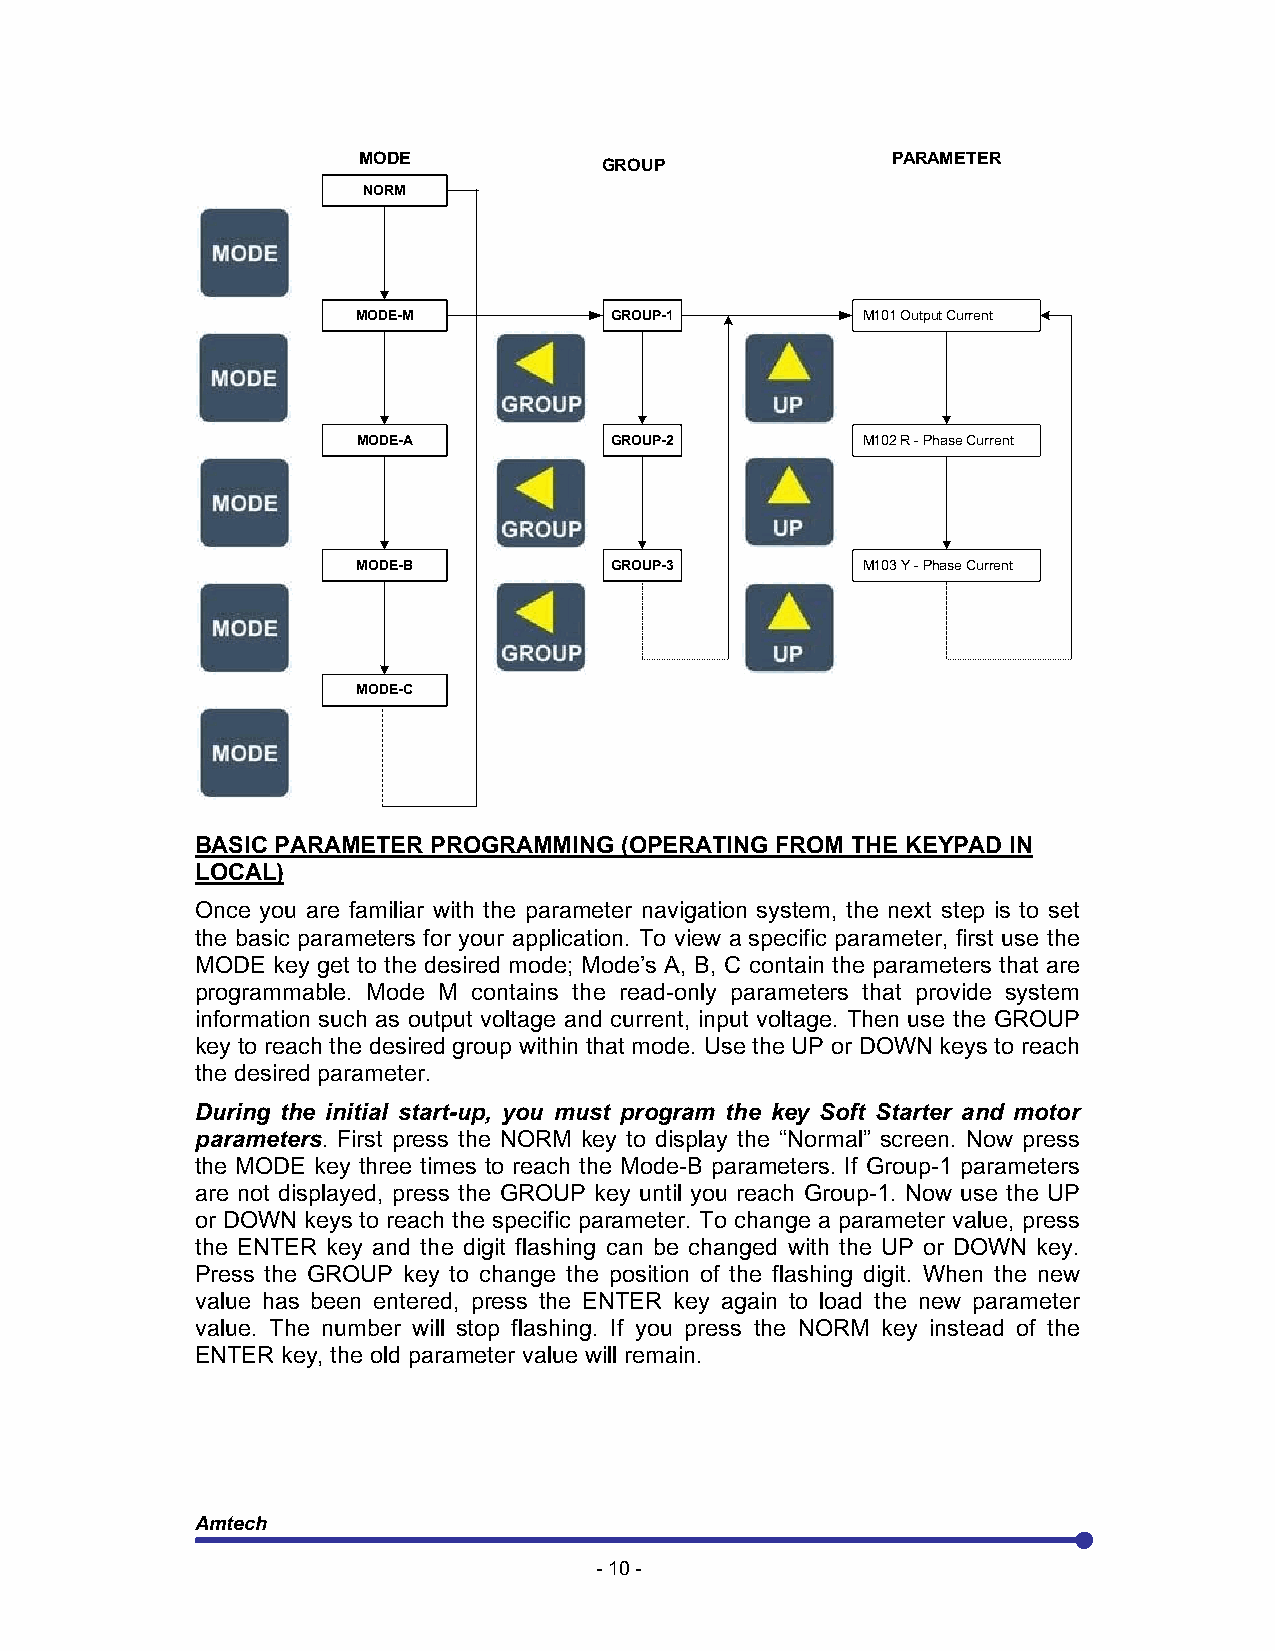
MODE                               PARAMETER
 GROUP
 NORM
 MODE-M          GROUP-1          M101 Output Current
 MODE-A          GROUP-2          M102 R - Phase Current
 MODE-B          GROUP-3          M103 Y - Phase Current
 MODE-C
 BASIC PARAMETER PROGRAMMING (OPERATING FROM THE KEYPAD IN
 LOCAL)
 Once you are familiar with the parameter navigation system, the next step is to set
 the basic parameters for your application. To view a specific parameter, first use the
 MODE key get to the desired mode; Mode’s A, B, C contain the parameters that are
 programmable. Mode M contains the read-only parameters that provide system
 information such as output voltage and current, input voltage. Then use the GROUP
 key to reach the desired group within that mode. Use the UP or DOWN keys to reach
 the desired parameter.
 During the initial start-up, you must program the key Soft Starter and motor
 parameters. First press the NORM key to display the “Normal” screen. Now press
 the MODE key three times to reach the Mode-B parameters. If Group-1 parameters
 are not displayed, press the GROUP key until you reach Group-1. Now use the UP
 or DOWN keys to reach the specific parameter. To change a parameter value, press
 the ENTER key and the digit flashing can be changed with the UP or DOWN key.
 Press the GROUP key to change the position of the flashing digit. When the new
 value has been entered, press the ENTER key again to load the new parameter
 value. The number will stop flashing. If you press the NORM key instead of the
 ENTER key, the old parameter value will remain.
 Amtech
 - 10 -